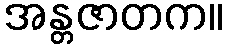
အန္တဇာတက။